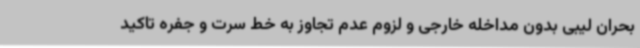
بحران لیبی بدون مداخله خارجی و لزوم عدم تجاوز به خط سرت و جفره تاکید